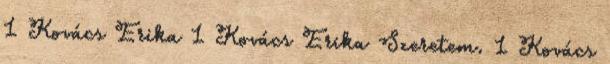
1 Kovács Erika 1 Kovács Erika Szeretem. 1 Kovács